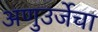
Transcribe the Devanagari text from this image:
अणुउर्जेचा